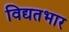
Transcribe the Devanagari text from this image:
विद्यतभार